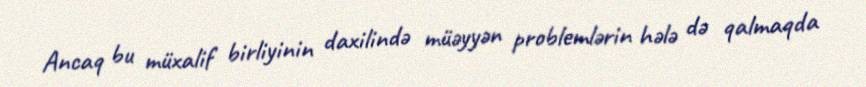
Ancaq bu müxalif birliyinin daxilində müəyyən problemlərin hələ də qalmaqda